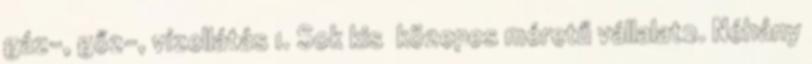
gáz-, gőz-, vízellátás 1. Sok kis közepes méretű vállalat2. Néhány